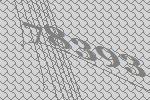
78393